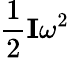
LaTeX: {\frac{1}{2}}\mathbf{I}\omega^{2}